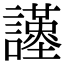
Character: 𧭩